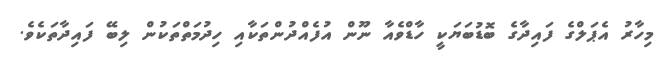
މިހާރު އެޕަލްގެ ފައިދާގެ ބޮޑުބަޔަކީ ހާޑްވެއާ ނޫން އުފެއްދުންތަކާއި ހިދުމަތްތަކުން ލިބޭ ފައިދާތަކެވެ.